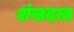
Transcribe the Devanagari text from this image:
शंखदत्त